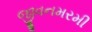
જીવનમરમી